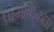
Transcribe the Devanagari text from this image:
प्रामणिकता